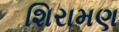
શિરામણ